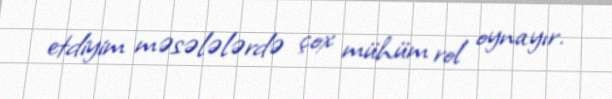
etdiyim məsələlərdə çox mühüm rol oynayır.